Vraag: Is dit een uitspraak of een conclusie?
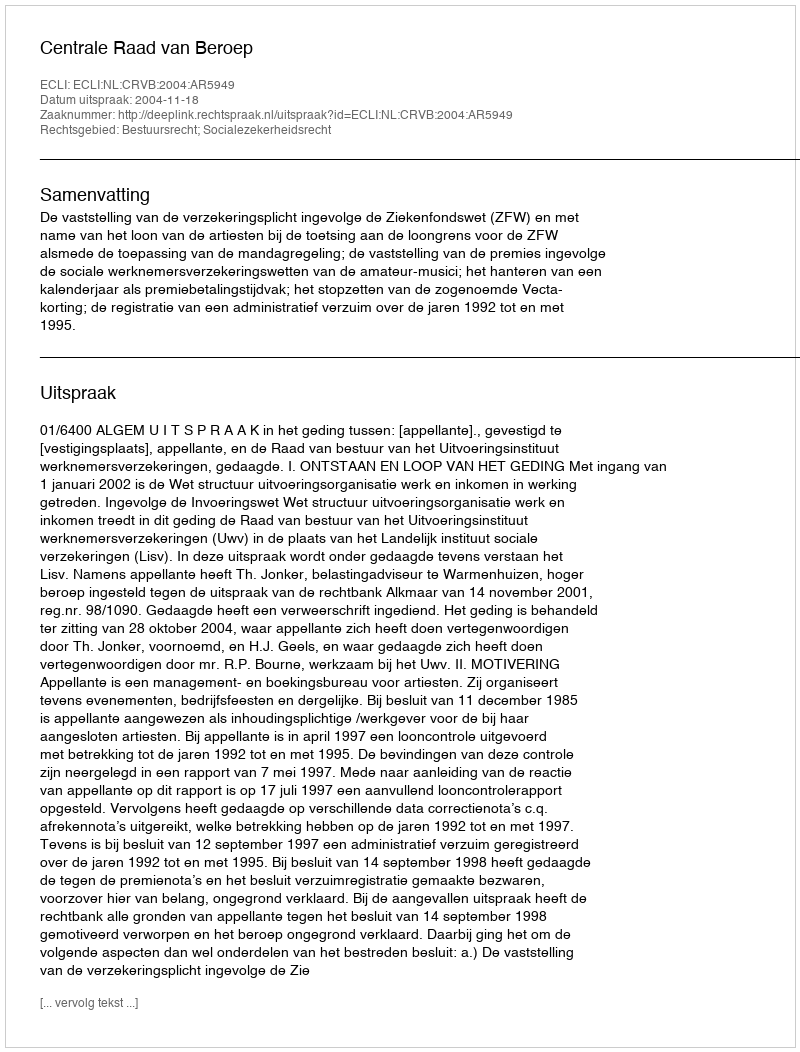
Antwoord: Uitspraak